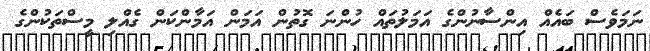
ނަމަވެސް ބައެއް އިންސާނުންގެ އަމަލުތައް ހުންނަ ގޮތުން އަމަން އަމާންކަން ގެއްލި މީސްތަކުންގެ